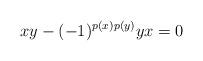
LaTeX: \begin{align*}xy - (-1)^{p(x)p(y)} yx = 0\end{align*}